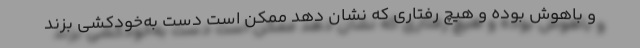
و باهوش بوده و هیچ رفتاری که نشان دهد ممکن است دست به‌خودکشی بزند